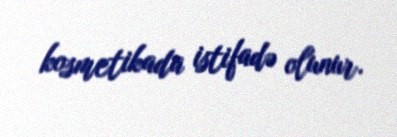
kosmetikada istifadə olunur.